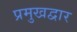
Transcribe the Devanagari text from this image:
प्रमुखद्वार